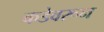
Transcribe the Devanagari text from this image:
कडेवरून